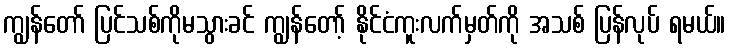
ကျွန်တော် ပြင်သစ်ကိုမသွားခင် ကျွန်တော့် နိုင်ငံကူးလက်မှတ်ကို အသစ် ပြန်လုပ် ရမယ်။